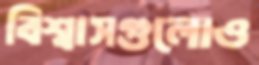
বিশ্বাসগুলোও